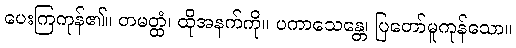
ပေးကြကုန်၏။ တမတ္ထံ၊ ထိုအနက်ကို။ ပကာသေန္တေ၊ ပြတော်မူကုန်သော။